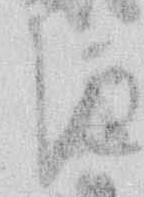
き